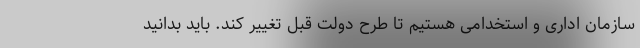
سازمان اداری و استخدامی هستیم تا طرح دولت قبل تغییر کند. باید بدانید